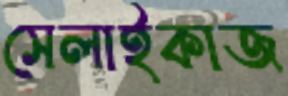
সেলাইকাজ